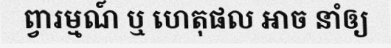
ព្វារម្មណ៍ ឬ ហេតុផល អាច នាំឲ្យ